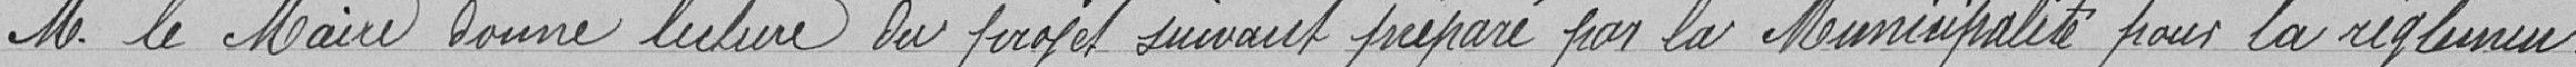
Monsieur le Maire donne lecture du projet suivant préparé& par la municipalité pour la réglemen